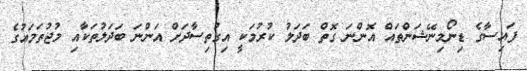
ފައިސާގެ ޑިނޯމިނޭޝަންތައް އޮންނަ ގޮތް ބަދަލު ކުރުމަކީ އިގުތިސާދަށް އަންނަ ބަދަލުތަކާއި މުޖުތަމައުގެ